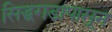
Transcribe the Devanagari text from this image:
सिद्धगडापासून